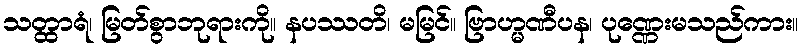
သတ္ထာရံ၊ မြတ်စွာဘုရားကို။ နပဿတိ၊ မမြင်။ ဗြာဟ္မဏီပန၊ ပုဏ္ဏေးမသည်ကား။